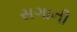
સગાની